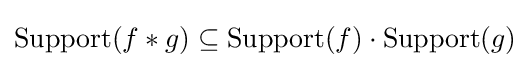
\operatorname {Support} (f*g)\subseteq \operatorname {Support} (f)\cdot \operatorname {Support} (g)